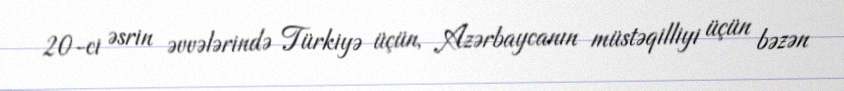
20-ci əsrin əvvələrində Türkiyə üçün, Azərbaycanın müstəqilliyi üçün bəzən